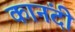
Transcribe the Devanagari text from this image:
कानंदी